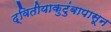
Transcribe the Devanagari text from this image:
द्वितीयाकुटुंबापासून